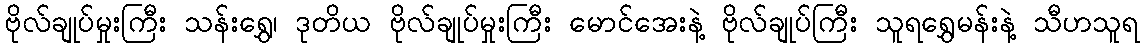
ဗိုလ်ချုပ်မှုးကြီး သန်းရွှေ၊ ဒုတိယ ဗိုလ်ချုပ်မှုးကြီး မောင်အေးနဲ့ ဗိုလ်ချုပ်ကြီး သူရရွှေမန်းနဲ့ သီဟသူရ